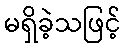
မရှိခဲ့သဖြင့်